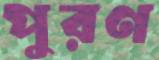
পুরণ